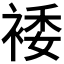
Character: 𫌂